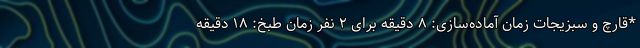
*قارچ و سبزیجات زمان آماده‌سازی: ۸ دقیقه برای ۲ نفر زمان طبخ: ۱۸ دقیقه